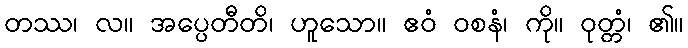
တဿ၊ လ။ အပ္ပေတီတိ၊ ဟူသော။ ဧဝံ ဝစနံ၊ ကို။ ဝုတ္တံ၊ ၏။